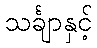
သင်္ချာနှင့်